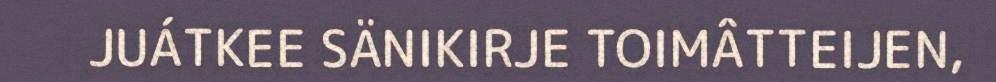
JUÁTKEE SÄNIKIRJE TOIMÂTTEIJEN,